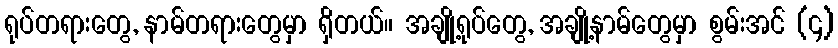
ရုပ်တရားတွေ, နာမ်တရားတွေမှာ ရှိတယ်။ အချို့ရုပ်တွေ, အချို့နာမ်တွေမှာ စွမ်းအင် (၄)